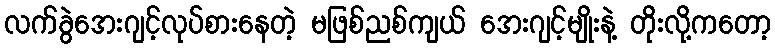
လက်ခွဲအေးဂျင့်လုပ်စားနေတဲ့ မဖြစ်ညစ်ကျယ် အေးဂျင့်မျိုးနဲ့ တိုးလို့ကတော့